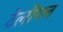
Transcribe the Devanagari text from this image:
टेलीगन